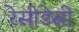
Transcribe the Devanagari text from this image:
रेसीडेसी